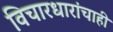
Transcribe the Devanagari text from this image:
विचारधारांचाही